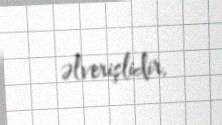
əlverişlidir.